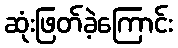
ဆုံးဖြတ်ခဲ့ကြောင်း